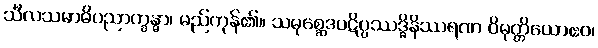
သီလသမာဓိပညာက္ခန္ဓာ၊ မည်ကုန်၏။ သမုစ္ဆေဒပဋိပ္ပဿဒ္ဓိနိဿရဏ ဝိမုတ္တိယောဧဝ၊